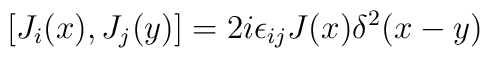
[J_i(x) , J_j(y)]=2i\epsilon_{ij}J(x)\delta^2 (x-y)